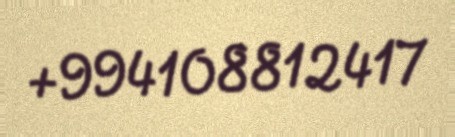
+994108812417